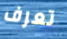
تعرف